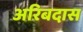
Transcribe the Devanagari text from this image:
अरिबदास